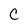
Character: C